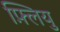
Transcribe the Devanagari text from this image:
फ़्लियु